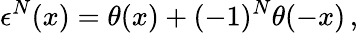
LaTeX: \epsilon^{N}(x)=\theta(x)+(-1)^{N}\theta(-x)\, ,